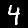
Digit: 4